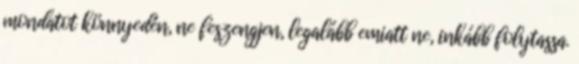
mondatot könnyedén, ne feszengjen, legalább emiatt ne, inkább folytassa.